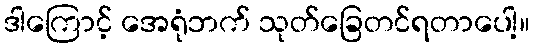
ဒါကြောင့် အေရုံဘက် သုတ်ခြေတင်ရတာပေါ့။